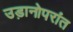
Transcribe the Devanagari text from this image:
उड़ानोपरांत